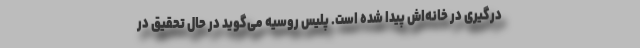
درگیری در خانه‌اش پیدا شده است. پلیس روسیه می‌گوید در حال تحقیق در